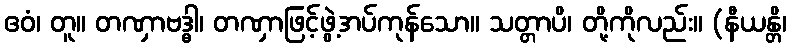
ဧဝံ၊ တူ။ တဏှာဗဒ္ဓါ၊ တဏှာဖြင့်ဖွဲ့အပ်ကုန်သော။ သတ္တာပိ၊ တို့ကိုလည်း။ (နီယန္တိ၊